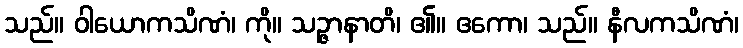
သည်။ ဝါယောကသိဏံ၊ ကို။ သဉ္ဇာနာတိ၊ ၏။ ဧကော၊ သည်။ နီလကသိဏံ၊